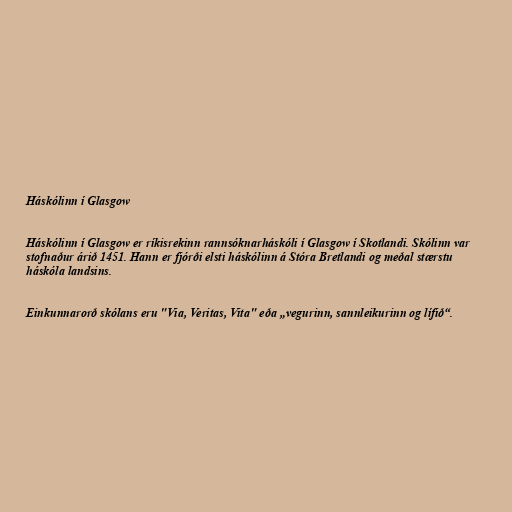
Háskólinn í Glasgow

Háskólinn í Glasgow er ríkisrekinn rannsóknarháskóli í Glasgow í Skotlandi. Skólinn var
stofnaður árið 1451. Hann er fjórði elsti háskólinn á Stóra Bretlandi og meðal stærstu
háskóla landsins.

Einkunnarorð skólans eru "Via, Veritas, Vita" eða „vegurinn, sannleikurinn og lífið“.